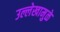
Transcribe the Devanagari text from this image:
उल्लेखामुळे